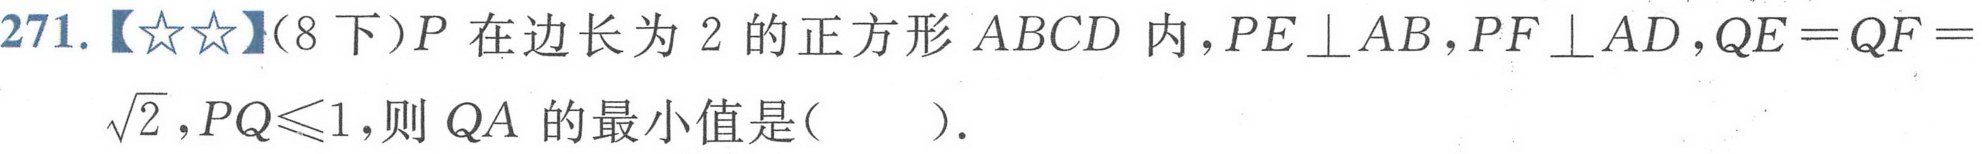
271.【★★】(8下)\(P\)在边长为 \(2\)的正方形 \(ABCD\)内，\(PE\perp AB\)，\(PF\perp AD\)，\(QE = QF=\sqrt{2}\)，\(PQ\leqslant1\)，则 \(QA\)的最小值是( ).